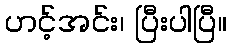
ဟင့်အင်း၊ ပြီးပါပြီ။